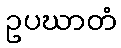
ဥပဃာတံ